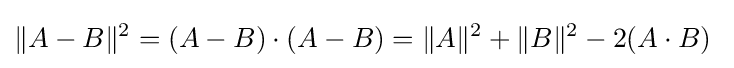
\|A-B\|^{2}=(A-B)\cdot (A-B)=\|A\|^{2}+\|B\|^{2}-2(A\cdot B)\